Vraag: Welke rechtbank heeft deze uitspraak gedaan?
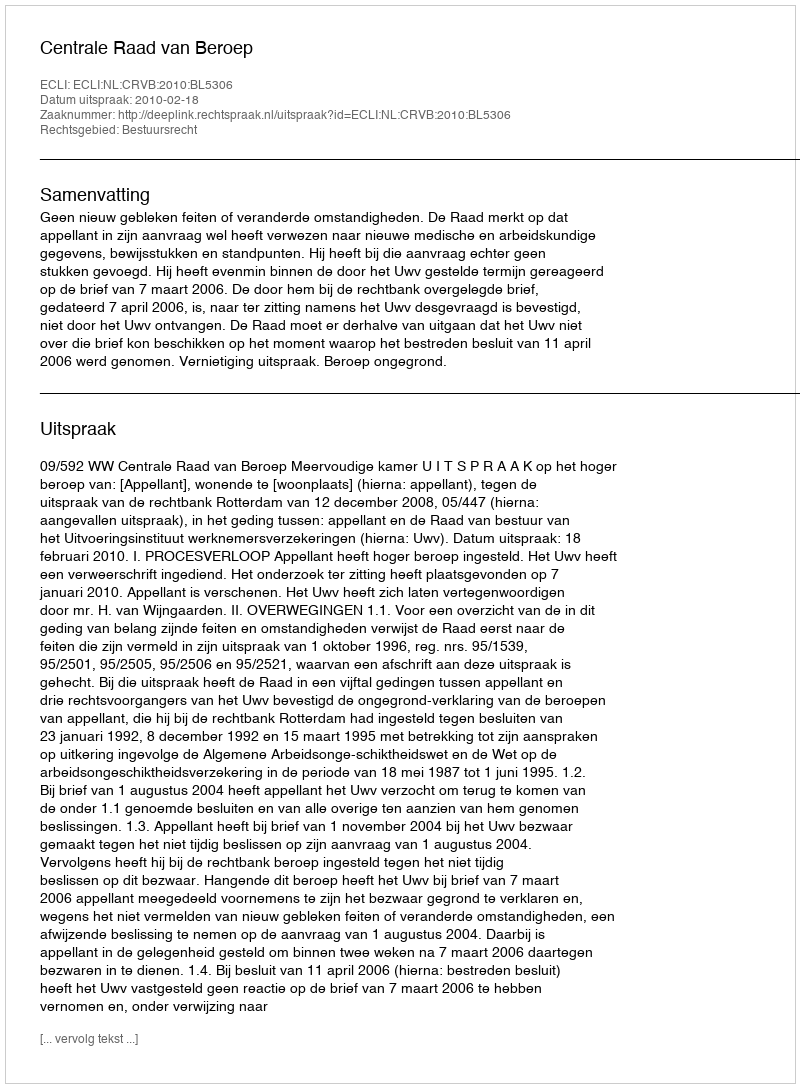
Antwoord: Centrale Raad van Beroep